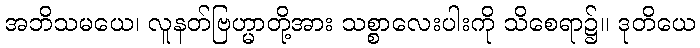
အဘိသမယေ၊ လူနတ်ဗြဟ္မာတို့အား သစ္စာလေးပါးကို သိစေရာ၌။ ဒုတိယေ